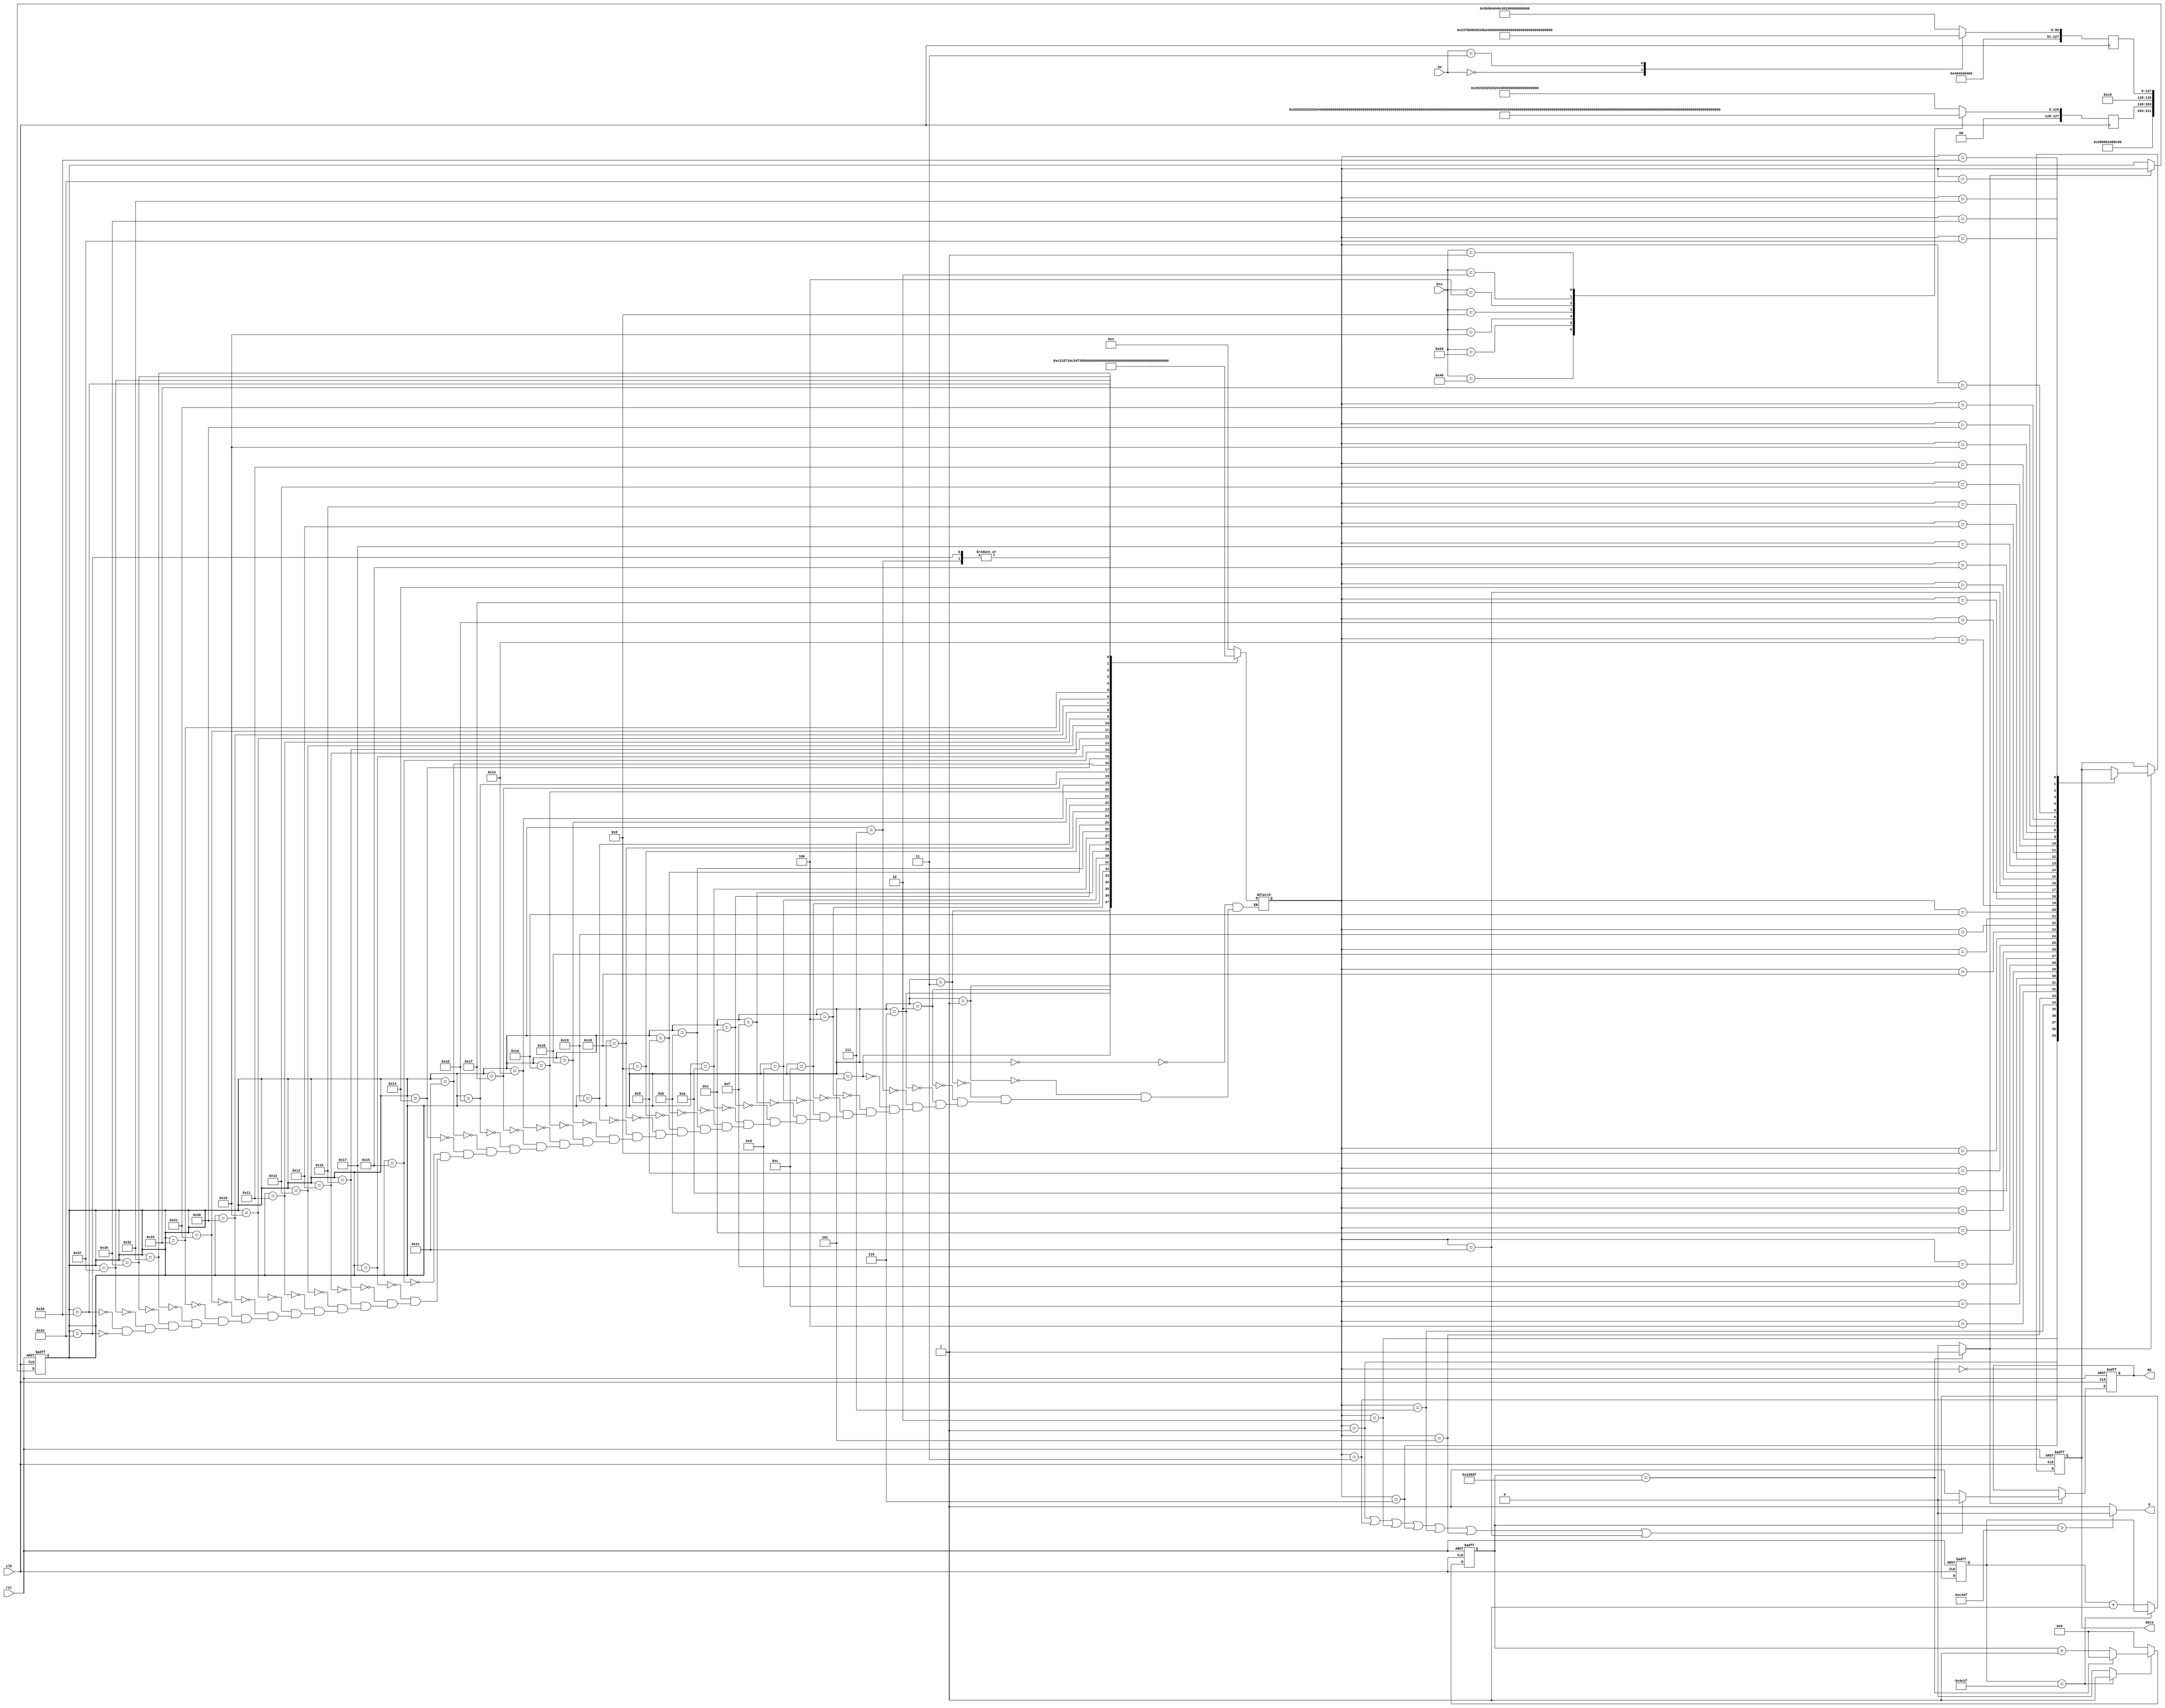
module LCD(/*state*/btn,sw,clk,rst,E,RS,data);//signal1,

input clk,rst;//signal1
input [6:0]btn;
input [1:0]sw;

output E;
output reg RS;
output reg[7:0]data;

reg [127:0]r1;
reg [127:0]r2;
reg [19:0]count1;
reg [19:0]count2;
//reg [24:0]count;

wire clk1;
wire[127:0]row1;
wire[127:0]row2;

parameter T2=100000;//50Mhz;
parameter T1=20000;//50M50;
parameter IDLE=8'h00;//40
parameter SET_FUNCTION=8'h01;
parameter DISP_OFF=8'h03;
parameter DISP_CLEAR=8'h02;
parameter ENTRY_MODE=8'h06;
parameter DISP_ON=8'h07;
parameter ROW1_ADDR=8'h05;
parameter ROW1_0=8'h04;
parameter ROW1_1=8'h0C;
parameter ROW1_2=8'h0D;
parameter ROW1_3=8'h0F;
parameter ROW1_4=8'h0E;
parameter ROW1_5=8'h0A;
parameter ROW1_6=8'h0B;
parameter ROW1_7=8'h09;
parameter ROW1_8=8'h08;
parameter ROW1_9=8'h18;
parameter ROW1_A=8'h19;
parameter ROW1_B=8'h1B;
parameter ROW1_C=8'h1A;
parameter ROW1_D=8'h1E;
parameter ROW1_E=8'h1F;
parameter ROW1_F=8'h1D;
parameter ROW2_ADDR=8'h1C;
parameter ROW2_0=8'h14;
parameter ROW2_1=8'h15;
parameter ROW2_2=8'h17;
parameter ROW2_3=8'h16;
parameter ROW2_4=8'h12;
parameter ROW2_5=8'h13;
parameter ROW2_6=8'h11;
parameter ROW2_7=8'h10;
parameter ROW2_8=8'h30;
parameter ROW2_9=8'h31;
parameter ROW2_A=8'h33;
parameter ROW2_B=8'h32;
parameter ROW2_C=8'h36;
parameter ROW2_D=8'h37;
parameter ROW2_E=8'h35;
parameter ROW2_F=8'h34;

assign row1 =r1;//(16)
assign row2 =r2;//(16)

/*reg [23:0]m;
initial m=50; */
//

/*always @(posedge clk1 or posedge rst) //signal1LCD
  begin                    
    if(rst)
	   count<=25'b0;
	 else //if(signal1)
	   count<=count+1;
  end*/

/*divide03 #(.WIDTH(32)) //,4Hz
	               d4(         
			 .clk(clk),
			 .rst_n(rst),
			 .N(m/2),		 
		    .clkout(clk1)

			     );	*/

//
				  
always@(posedge /*clk*/clk or posedge rst)//20ms()
    if(rst)
        count1<=1'b0;
    else if(count1==T1-1'b1)
        count1<=count1;
    else
        count1<=count1+1'b1 ;

wire delay_done=(count1==T1-1'b1)?1'b1:1'b0;//

always@(posedge /*clk*/clk or posedge rst)  //
    if(rst)
        count2<=1'b0;
    else if(delay_done)
        if(count2==T2-1'b1)
            count2<=1'b0;
    else
        count2<=count2+1'b1;
    else
        count2<=1'b0;

assign E=(count2>(T2-1'b1)/2)?1'b0:1'b1;//,,
wire a=(count2==T2-1'b1)?1'b1:1'b0;//,a

reg[5:0]n;//now
reg[5:0]f;//future

always@(posedge clk/*clk1*/ or posedge rst)
    if(rst)
        n<=IDLE;
    else if(a)//
        n<=f;
    else
        n<=n;

always@(*)  //
    case (n)
        IDLE:f=SET_FUNCTION;
        SET_FUNCTION:f=DISP_OFF;
        DISP_OFF:f=DISP_CLEAR;
        DISP_CLEAR:f=ENTRY_MODE;
        ENTRY_MODE:f=DISP_ON;
        DISP_ON:f=ROW1_ADDR;
        ROW1_ADDR:f=ROW1_0;
        ROW1_0:f=ROW1_1;
        ROW1_1:f=ROW1_2;
        ROW1_2:f=ROW1_3;
        ROW1_3:f=ROW1_4;
        ROW1_4:f=ROW1_5;
        ROW1_5:f=ROW1_6;
        ROW1_6:f=ROW1_7;
        ROW1_7:f=ROW1_8;
        ROW1_8:f=ROW1_9;
        ROW1_9:f=ROW1_A;
        ROW1_A:f=ROW1_B;
        ROW1_B:f=ROW1_C;
        ROW1_C:f=ROW1_D;
        ROW1_D:f=ROW1_E;
        ROW1_E:f=ROW1_F;
        ROW1_F:f=ROW2_ADDR;
        ROW2_ADDR:f=ROW2_0;
        ROW2_0:f=ROW2_1;
        ROW2_1:f=ROW2_2;
        ROW2_2:f=ROW2_3;
        ROW2_3:f=ROW2_4;
        ROW2_4:f=ROW2_5;
        ROW2_5:f=ROW2_6;
        ROW2_6:f=ROW2_7;
        ROW2_7:f=ROW2_8;
        ROW2_8:f=ROW2_9;
        ROW2_9:f=ROW2_A;
        ROW2_A:f=ROW2_B;
        ROW2_B:f=ROW2_C;
        ROW2_C:f=ROW2_D;
        ROW2_D:f=ROW2_E;
        ROW2_E:f=ROW2_F;
        ROW2_F:f=ROW1_ADDR;//1-1
        default:;
    endcase
	 
always@(posedge /*clk*/clk or posedge rst)
    if(rst)
        RS<=1'b0;//0,1
    else if(a)
        //,RS
        if((f==SET_FUNCTION)||(f==DISP_OFF)||(f==DISP_CLEAR)||(f==ENTRY_MODE)||(f==DISP_ON)||(f==ROW1_ADDR)||(f==ROW2_ADDR))
            RS<=1'b0; 
        else
            RS<=1'b1;
        else
            RS<=RS;

always@(posedge /*clk*/clk or posedge rst)
    if(rst)
        data<=1'b0;
    else if(a)
        case(f)
            IDLE:data<=8'hxx;
            SET_FUNCTION:data<=8'h38;//8'b0011_1000,:DL=1(DB4,8),N=1(DB3,),L=0(DB2,5x8).
            DISP_OFF:data<=8'h08;//8'b0000_1000,:D=0(DB2,),C=0(DB1,),D=0(DB0,)
            DISP_CLEAR:data<=8'h01;//8'b0000_0001,
            ENTRY_MODE:data<=8'h06;//8'b0000_0110,:I/D=1(DB1,),S=0(DB0,)
            DISP_ON:data<=8'h0c;//8'b0000_1100,:D=1(DB2,),C=0(DB1,),D=0(DB0,)
            ROW1_ADDR:data<=8'h80;//8'b1000_0000,DDRAM:00H->1-1,
            //row18-bit,
            ROW1_0: data <=row1[127:120];
            ROW1_1: data <=row1[119:112];
            ROW1_2: data <=row1[111:104];
            ROW1_3: data <=row1[103: 96];
            ROW1_4: data <=row1[ 95: 88];
            ROW1_5: data <=row1[ 87: 80];
            ROW1_6: data <=row1[ 79: 72];
            ROW1_7: data <=row1[ 71: 64];
            ROW1_8: data <=row1[ 63: 56];
            ROW1_9: data <=row1[ 55: 48];
            ROW1_A: data <=row1[ 47: 40];
            ROW1_B: data <=row1[ 39: 32];
            ROW1_C: data <=row1[ 31: 24];
            ROW1_D: data <=row1[ 23: 16];
            ROW1_E: data <=row1[ 15:  8];
            ROW1_F: data <=row1[  7:  0];
            ROW2_ADDR: data <=8'hc0;//8'b1100_0000,DDRAM:40H->2-1,
            ROW2_0: data <=row2[127:120];
            ROW2_1: data <=row2[119:112];
            ROW2_2: data <=row2[111:104];
            ROW2_3: data <=row2[103: 96];
            ROW2_4: data <=row2[ 95: 88];
            ROW2_5: data <=row2[ 87: 80];
            ROW2_6: data <=row2[ 79: 72];
            ROW2_7: data <=row2[ 71: 64];
            ROW2_8: data <=row2[ 63: 56];
            ROW2_9: data <=row2[ 55: 48];
            ROW2_A: data <=row2[ 47: 40];
            ROW2_B: data <=row2[ 39: 32];
            ROW2_C: data <=row2[ 31: 24];
            ROW2_D: data <=row2[ 23: 16];
            ROW2_E: data <=row2[ 15:  8];
            ROW2_F: data <=row2[  7:  0];
        endcase
    else
        data <= data;

always @(posedge clk)
     //if(count<25'd128)
		    begin
			 case(sw)
			 2'b00: r2<="         low pitch   ";
			 2'b11: r2<="          high pitch  ";
			 default:r2<="               middle pitch";
			 endcase
		
			 case(btn)//8'd0
			 7'b1000_000:begin
			 r1<="      DO     ";
			 end
			 7'b0100_000:begin
			 r1<="      RI     ";
			 end
			 7'b0010_000:begin
			 r1<="      MI     ";
			 end
			 7'b0001_000:begin
			 r1<="      FA     ";
			 end
			 7'b0000_100:begin
			 r1<="      SO     ";
			 end
			 7'b0000_010:begin
			 r1<="      LA     ";
			 end
			 7'b0000_001:begin
			 r1<="      XI     ";
			 end
			 default:     begin
			 r1<="                ";
			 end
		    endcase
			 end
endmodule